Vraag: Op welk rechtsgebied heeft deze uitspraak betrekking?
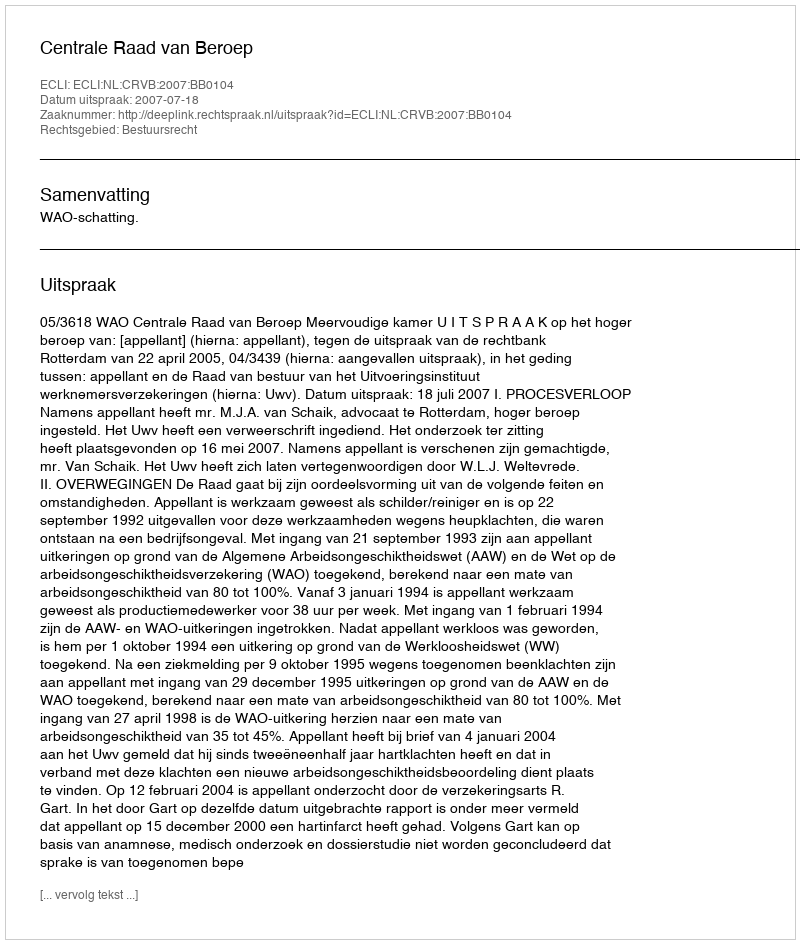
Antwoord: Bestuursrecht